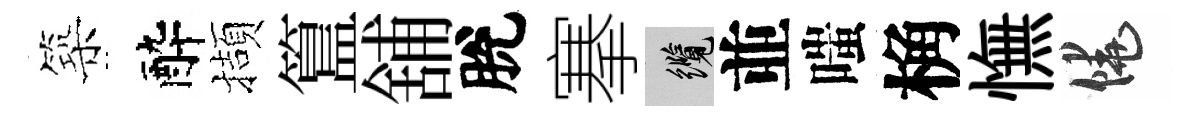
築醉擷簋舖脫搴纜並嗤桷憮饒